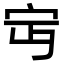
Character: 𡧍